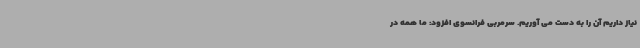
نیاز داریم آن را به دست می آوریم. سرمربی فرانسوی افزود: ما همه در